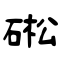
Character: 硹